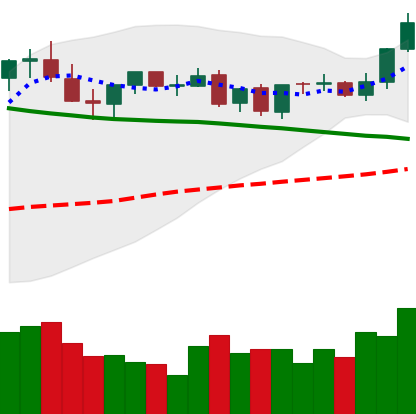
Ticker: TRX-USD
Chart end date: 2021-09-02
Forward return: -14.662%
Label: down_7plus